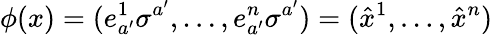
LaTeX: \phi(x)=(e_{a^{\prime}}^{1}\sigma^{a^{\prime}},\dots,e_{a^{\prime}}^{n}\sigma^{a^{\prime}})=(\hat{x}^{1},\dots,\hat{x}^{n})